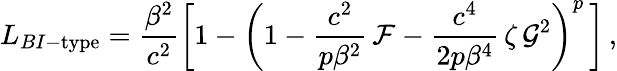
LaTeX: L_{BI-\textrm{type}}=\frac{\beta^{2}}{c^{2}}\left[1-\left(1-\frac{c^{2}}{p\beta^{2}}\, \mathcal{F}-\frac{c^{4}}{2p\beta^{4}}\, \zeta\, \mathcal{G}^{2}\right)^{p}\, \right]\, ,